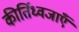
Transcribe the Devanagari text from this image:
कीर्तिध्वजाएँ